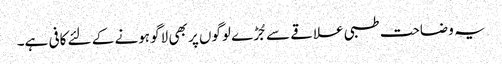
یہ وضاحت طبی علاقے سے جُڑے لوگوں پر بھی لاگو ہونے کے لئے کافی ہے۔